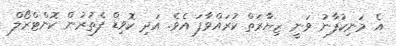
އެ މަނިކުފާނު ވަނީ ޒިޔާރަތް ކުރައްވާފަ އެވެ. އަދި ކޮވިޑް ފެތުރުން ކޮންޓްރޯލް